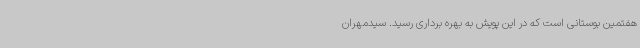
هفتمین بوستانی است که در این پویش به بهره‌ برداری رسید. سیدمهران